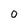
Character: o